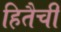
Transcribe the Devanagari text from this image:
हितैची